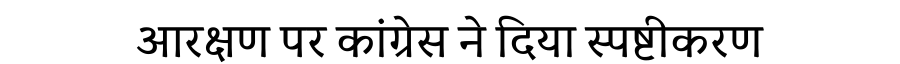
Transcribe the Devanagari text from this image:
आरक्षण पर कांग्रेस ने दिया स्पष्टीकरण